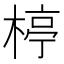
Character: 楟